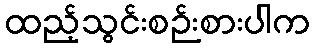
ထည့်သွင်းစဉ်းစားပါက